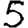
Digit: 5